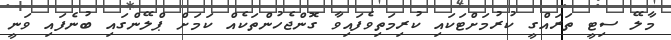
މާލޭ ސިޓީ ތަރައްގީ ކުރުމަށްޓަކައި ކުރިމަތިވެފައިވާ ގޮންޖެހުންތަކެއް ކަމަށް ޕްލޭންގައި ބުނެފައި ވަނީ